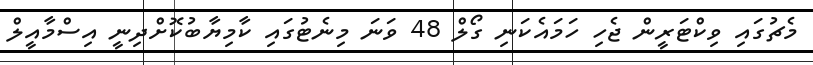
މެޗުގައި ވިކްޓަރީން ޖެހި ހަމައެކަނި ގޯލް 48 ވަނަ މިނެޓުގައި ކާމިޔާބުކޮށްދިނީ އިސްމާއީލް